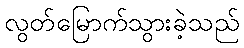
လွတ်မြောက်သွားခဲ့သည်